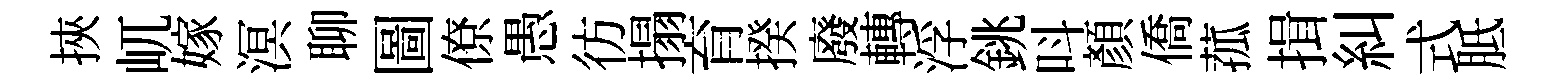
挾屼嫁溟聊圖僚愚彷搨育揆廢轉浮銚呌顏僑菰揖糾式胝